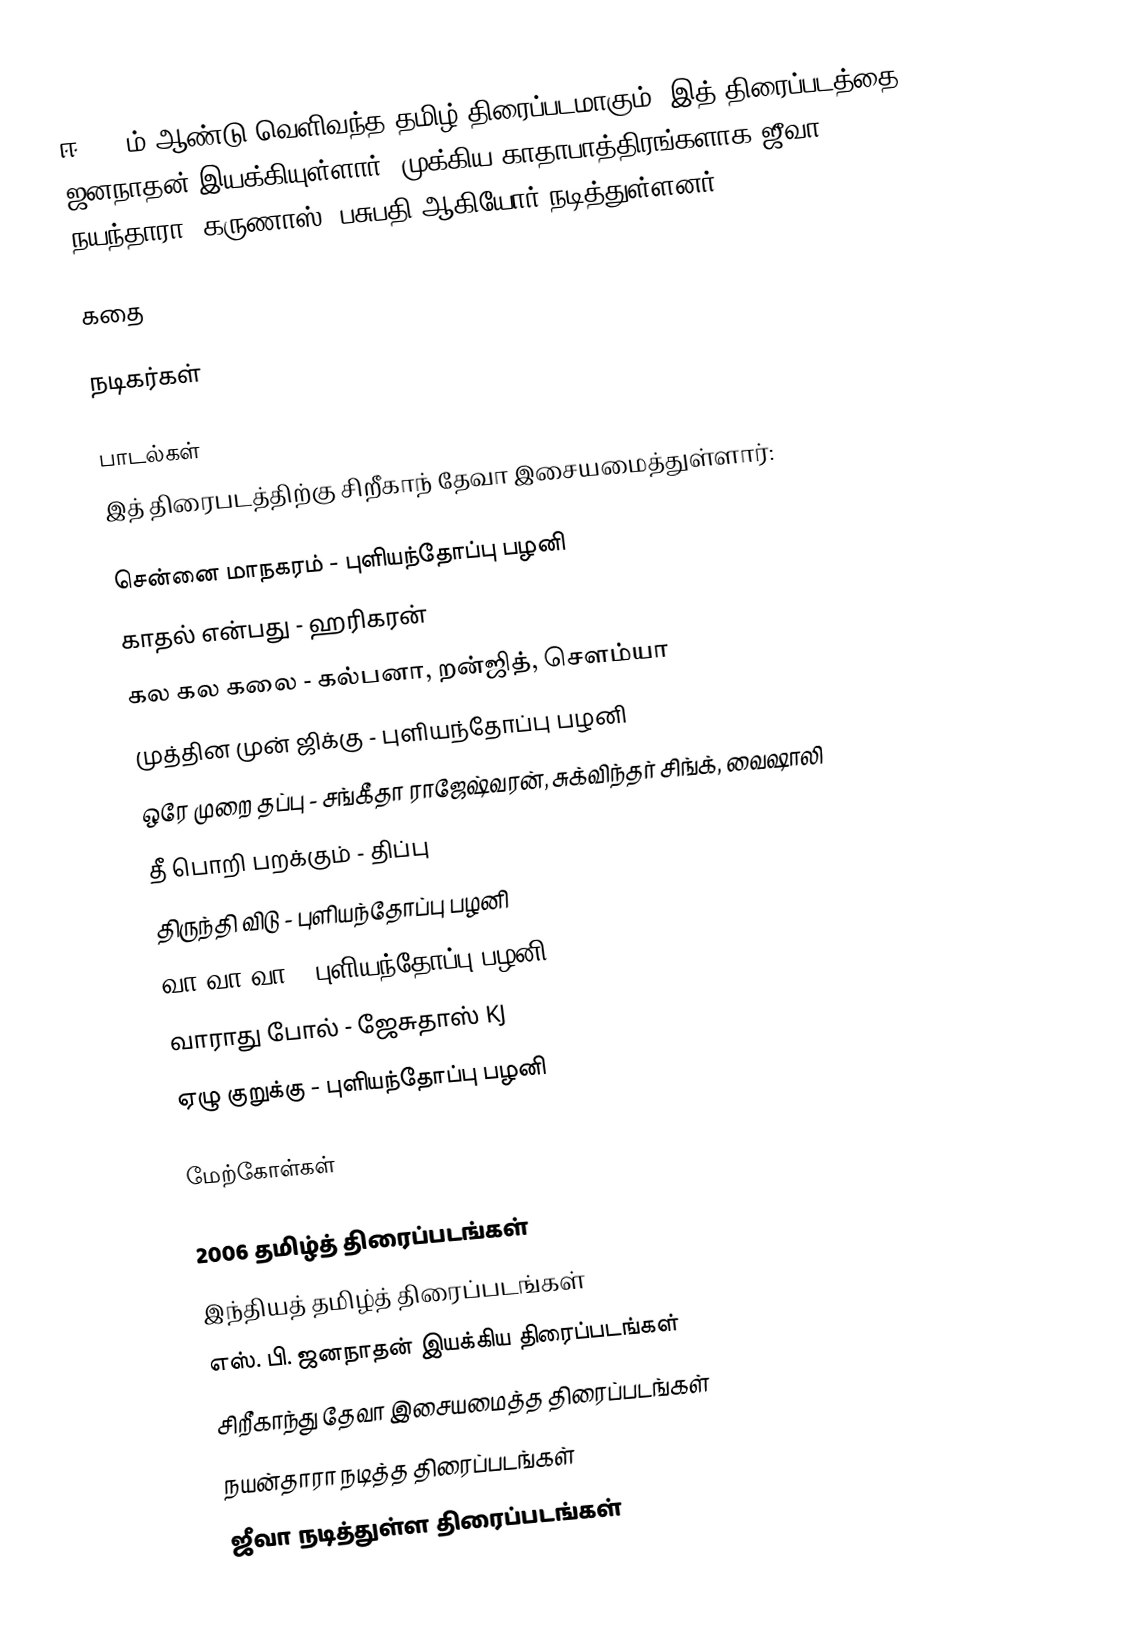
ஈ 2006ம் ஆண்டு வெளிவந்த தமிழ் திரைப்படமாகும். இத் திரைப்படத்தை  S.P. ஜனநாதன் இயக்கியுள்ளார். முக்கிய காதாபாத்திரங்களாக ஜீவா, நயந்தாரா, கருணாஸ், பசுபதி ஆகியோர் நடித்துள்ளனர்.

கதை

நடிகர்கள்

பாடல்கள்
இத் திரைபடத்திற்கு சிறீகாந் தேவா இசையமைத்துள்ளார்:

 சென்னை மாநகரம் - புளியந்தோப்பு பழனி
 காதல் என்பது - ஹரிகரன்
 கல கல கலை - கல்பனா, றன்ஜித், சௌம்யா
 முத்தின முன் ஜிக்கு - புளியந்தோப்பு பழனி
 ஒரே முறை தப்பு - சங்கீதா ராஜேஷ்வரன், சுக்விந்தர் சிங்க், வைஷாலி
 தீ பொறி பறக்கும் - திப்பு
 திருந்தி விடு - புளியந்தோப்பு பழனி
 வா வா வா - புளியந்தோப்பு பழனி
 வாராது போல் - ஜேசுதாஸ் KJ
 ஏழு குறுக்கு - புளியந்தோப்பு பழனி

மேற்கோள்கள்

2006 தமிழ்த் திரைப்படங்கள்
இந்தியத் தமிழ்த் திரைப்படங்கள்
எஸ். பி. ஜனநாதன் இயக்கிய திரைப்படங்கள்
சிறீகாந்து தேவா இசையமைத்த திரைப்படங்கள்
நயன்தாரா நடித்த திரைப்படங்கள்
ஜீவா நடித்துள்ள திரைப்படங்கள்